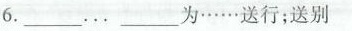
6.____…。_____为……送行；送别